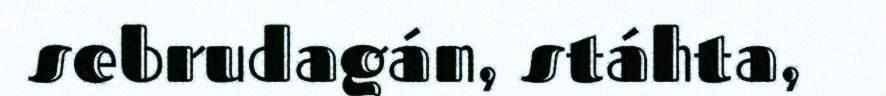
sebrudagán, stáhta,